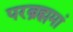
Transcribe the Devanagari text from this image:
परब्रह्ममां